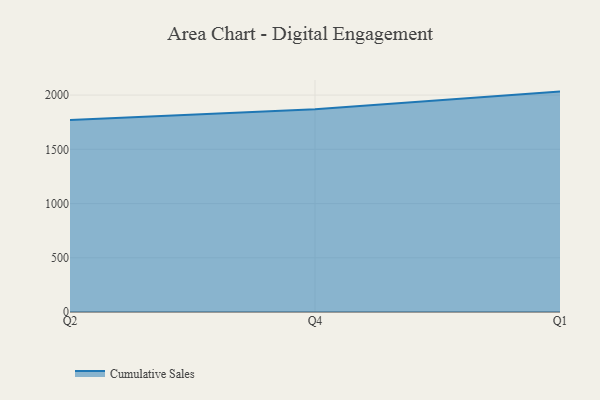
{"axis": {"x": "Quarter", "y": "Backlog"}, "legend": ["Cumulative Sales"], "data": [{"x": "Q2", "y": 1769.9, "type": "Cumulative Sales"}, {"x": "Q4", "y": 1870.1, "type": "Cumulative Sales"}, {"x": "Q1", "y": 2032.1, "type": "Cumulative Sales"}]}